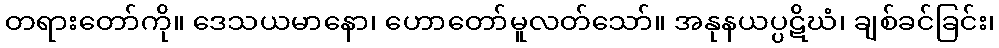
တရားတော်ကို။ ဒေသယမာနော၊ ဟောတော်မူလတ်သော်။ အနုနယပ္ပဋိဃံ၊ ချစ်ခင်ခြင်း၊